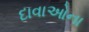
દાવાઓના